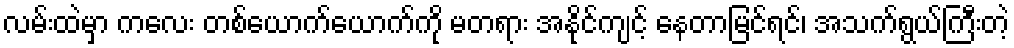
လမ်းထဲမှာ ကလေး တစ်ယောက်ယောက်ကို မတရား အနိုင်ကျင့် နေတာမြင်ရင်၊ အသက်ရွယ်ကြီးတဲ့